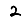
Digit: 2